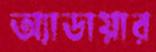
অ্যাডায়ার